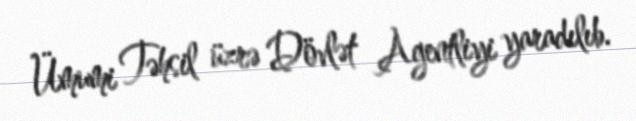
Ümumi Təhsil üzrə Dövlət Agentliyi yaradılıb.